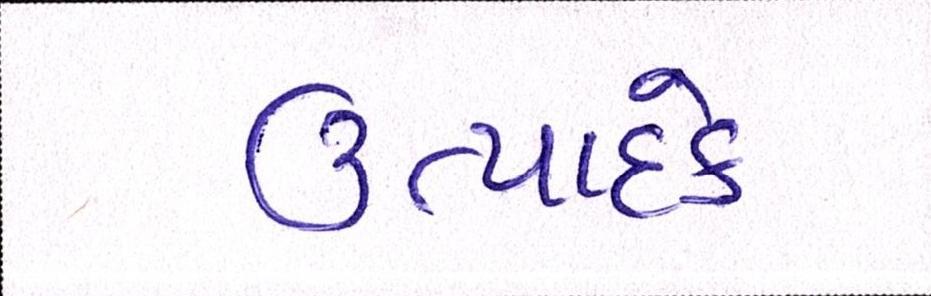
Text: ઉત્પાદકે